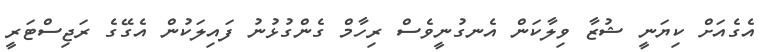
އެގެއަށް ކިޔަނީ ޝުޒާ ވިލާކަން އެނގުނީވެސް ރިހާމް ގެންގުޅުނު ފައިލަކުން އެގޭގެ ރަޖިސްޓަރީ